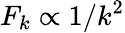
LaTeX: F_{k}\propto 1/k^{2}